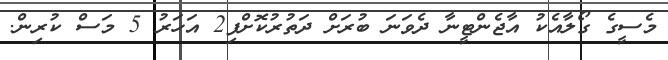
މެސީގެ ގޯލާއެކު އާޖެންޓީނާ ދެވަނަ ބުރަށް ދަތުރުކޮށްފި2 އަހަރު 5 މަސް ކުރިން.